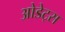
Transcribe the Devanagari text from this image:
ओडेट्स